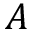
A